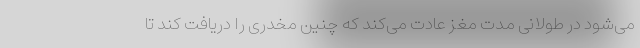
می‌شود در طولانی مدت مغز عادت می‌کند که چنین مخدری را دریافت کند تا